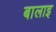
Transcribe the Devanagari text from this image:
बालाइ